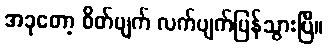
အခုတော့ စိတ်ပျက် လက်ပျက်ပြန်သွားပြီ။